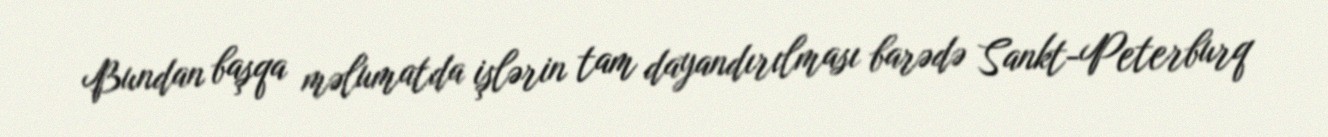
Bundan başqa məlumatda işlərin tam dayandırılması barədə Sankt-Peterburq